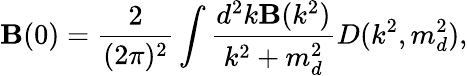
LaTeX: \mathbf{B}(0)=\frac{{2}}{{(2\pi)^{2}}}\int\frac{{d^{2}k\mathbf{B}(k^{2})}}{{k^{2}+m_{d}^{2}}}D(k^{2},m_{d}^{2}),